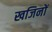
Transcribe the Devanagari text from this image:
खजिनों